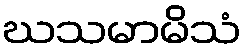
ဃသမာမိသံ